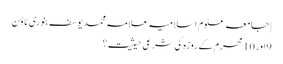
| جامعہ علوم اسلامیہ علامہ محمد یوسف بنوری ٹاؤن
9اور 10 محرم کے روزہ کی شرعی حیثیت؟